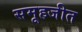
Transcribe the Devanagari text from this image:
समूहजीत